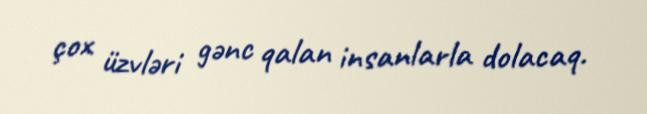
çox üzvləri gənc qalan insanlarla dolacaq.